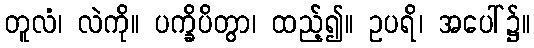
တူလံ၊ လဲကို။ ပက္ခိပိတွာ၊ ထည့်၍။ ဥပရိ၊ အပေါ်၌။